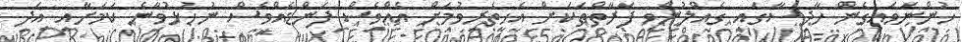
ހުންނަވައިގެން ހާދިސާގައި ގެއްލުންވި ފަރާތްތަކަށް އެހީތެރިވުމަށް އެއްވެސް ފަންޑެެއްވެސް ނުހުޅުވާނެ ކަމަށާއި އަދި